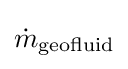
{\dot {m}}_{\text{geofluid}}